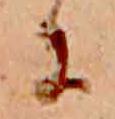
に